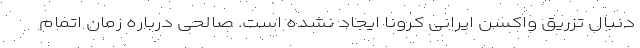
دنبال تزریق واکسن ایرانی کرونا ایجاد نشده است. صالحی درباره زمان اتمام